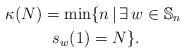
LaTeX: \begin{gather*}\kappa(N) = \min \{ n \,|\, \exists \, w \in {\mathbb{S}}_n \ \\s_{w}(1)=N \}.\end{gather*}